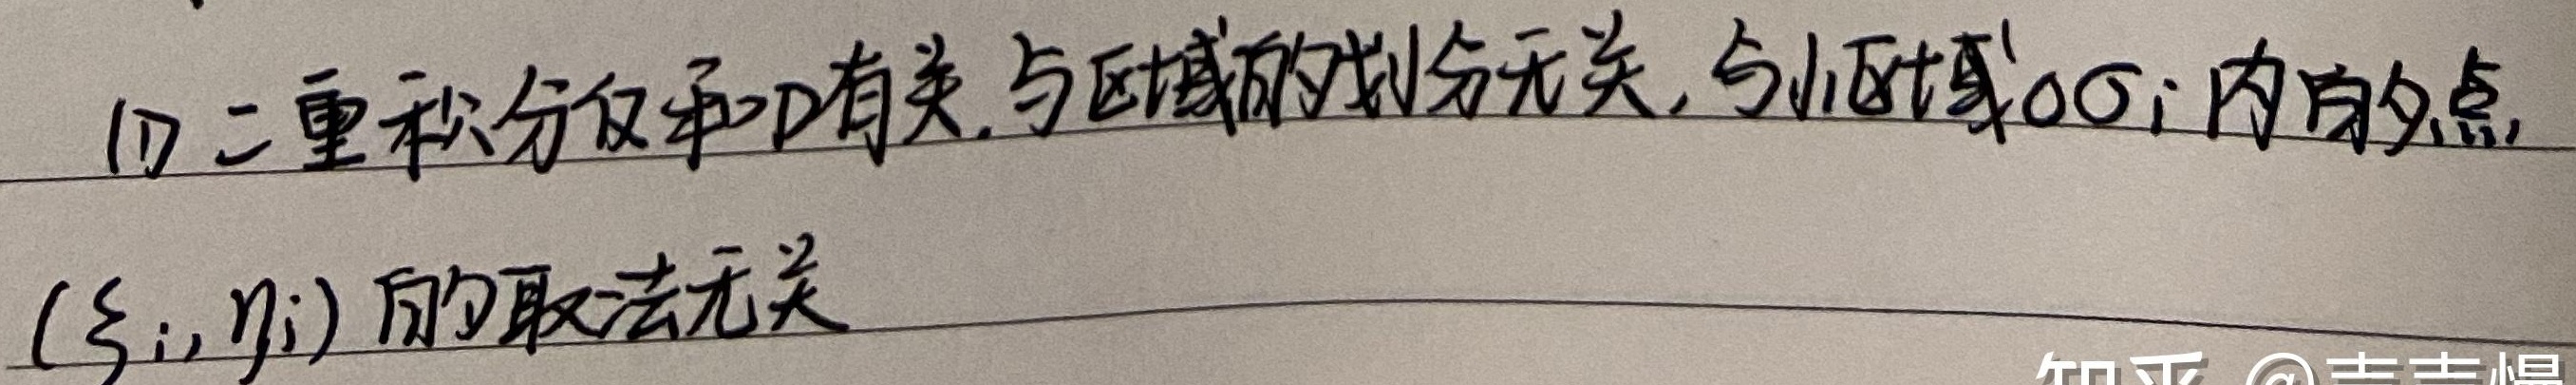
(1) 二重积分仅和 \(D\) 有关，与区域的划分无关，与小区域 \(\Delta \sigma_{i}\) 内的点 \((\xi_{i},\eta_{i})\) 的取法无关